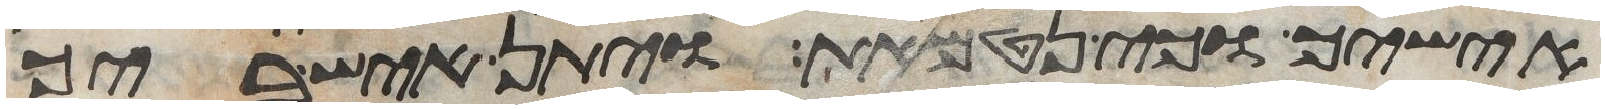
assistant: אישיך וכי נטמאת ויתן איש ביך